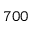
7 0 0